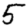
Digit: 5